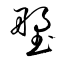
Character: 塑